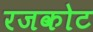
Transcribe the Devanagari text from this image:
रजकोट